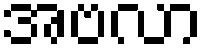
အဗလာ